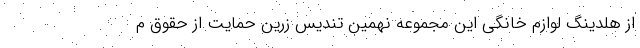
از هلدینگ لوازم خانگی این مجموعه نهمین تندیس زرین حمایت از حقوق م